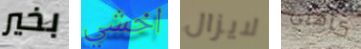
بخير اخشي لايزال كاهلي